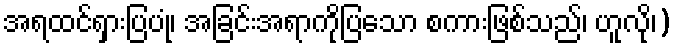
အရထင်ရှားပြပုံ၊ အခြင်းအရာကိုပြသော စကားဖြစ်သည်၊ ဟူလို၊)